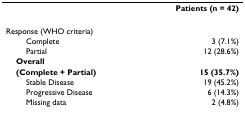
<table><thead><tr><td></td><td><b>Patients (n = 42)</b></td></tr></thead><tbody><tr><td>Response (WHO criteria)</td><td></td></tr><tr><td>Complete</td><td>3 (7.1%)</td></tr><tr><td>Partial</td><td>12 (28.6%)</td></tr><tr><td> <b>Overall</b></td><td></td></tr><tr><td> <b>(Complete + Partial)</b></td><td><b>15 (35.7%)</b></td></tr><tr><td>Stable Disease</td><td>19 (45.2%)</td></tr><tr><td>Progressive Disease</td><td>6 (14.3%)</td></tr><tr><td>Missing data</td><td>2 (4.8%)</td></tr></tbody></table>